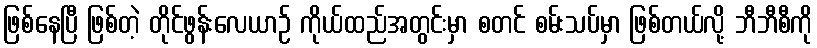
ဖြစ်နေပြီ ဖြစ်တဲ့ တိုင်ဖွန်းလေယာဉ် ကိုယ်ထည်အတွင်းမှာ စတင် စမ်းသပ်မှာ ဖြစ်တယ်လို့ ဘီဘီစီကို